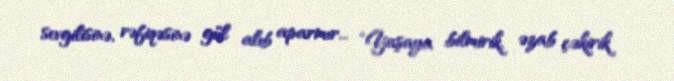
sevgilisinə, rəfiqəsinə gül alıb aparmır... “Yaşaya bilmirik, əzab çəkirik